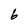
Character: 6